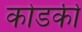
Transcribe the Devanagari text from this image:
कोडकी